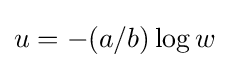
u=-(a/b)\log w